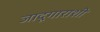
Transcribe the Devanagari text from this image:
जादूगाराशी